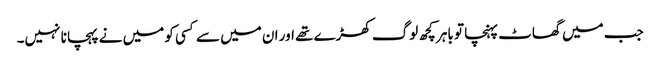
جب میں گھاٹ پہنچا تو باہر کچھ لوگ کھڑے تھے اور ان میں سے کسی کو میں نے پہچانا نہیں۔